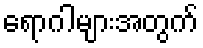
ရောဂါများအတွက်